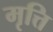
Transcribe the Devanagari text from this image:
मृत्ति